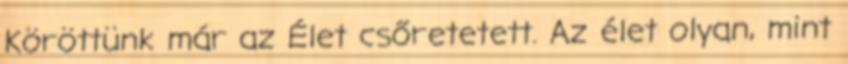
Köröttünk már az Élet csőretetett. Az élet olyan, mint